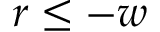
r \leq - w